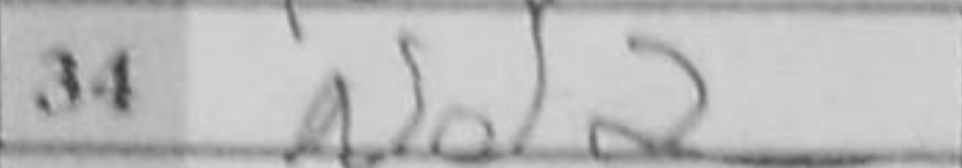
Transcription: Nd2